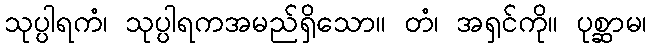
သုပ္ပါရကံ၊ သုပ္ပါရကအမည်ရှိသော။ တံ၊ အရှင်ကို။ ပုစ္ဆာမ၊